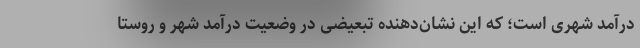
درآمد شهری است؛ که این نشان‌دهنده تبعیضی در وضعیت درآمد شهر و روستا